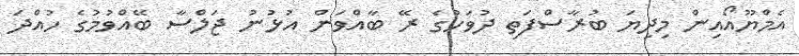
އެމްޔޫއޯއިން މިދިޔަ ބުރާސްފަތި ދުވަހުގެ ރޭ ބާއްވަން އުޅުނު ޖަލްސާ ބޭއްވުމުގެ ހުއްދަ